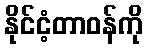
နိုင်ငံ့တာဝန်ကို